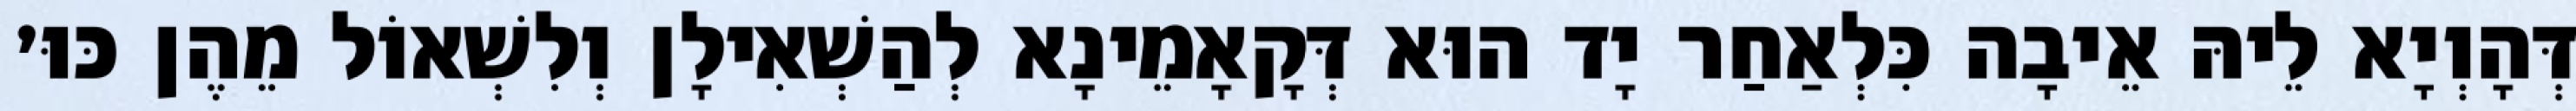
דְּהָוְיָא לֵיהּ אֵיבָה כִּלְאַחַר יָד הוּא דְּקָאָמֵינָא לְהַשְׁאִילָן וְלִשְׁאוֹל מֵהֶן כּוּ׳